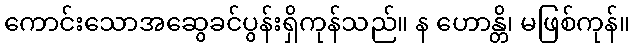
ကောင်းသောအဆွေခင်ပွန်းရှိကုန်သည်။ န ဟောန္တိ၊ မဖြစ်ကုန်။